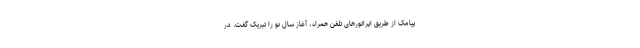
پیامک از طریق اپراتورهای تلفن همراه، آغاز سال نو را تبریک گفت. در